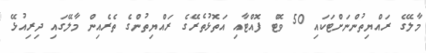
މާލޭގެ ރައްޔިތުންނަށްޓަކައި 50 ވޮޓް ފޮއްޓާއި އަތޮޅުތެރޭގެ ރައްޔިތުންގެ ތެރެއިން މާލޭގައި ދިރިއުޅޭ